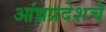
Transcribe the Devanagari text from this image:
आंध्रप्रदेशचे